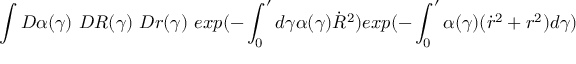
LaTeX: \int D \alpha ( \gamma ) ~ D R ( \gamma ) ~ D r ( \gamma ) ~ e x p ( - \int _ { 0 } ^ { \prime } d \gamma \alpha ( \gamma ) \dot { R } ^ { 2 } ) e x p ( - \int _ { 0 } ^ { \prime } \alpha ( \gamma ) ( \dot { r } ^ { 2 } + r ^ { 2 } ) d \gamma )